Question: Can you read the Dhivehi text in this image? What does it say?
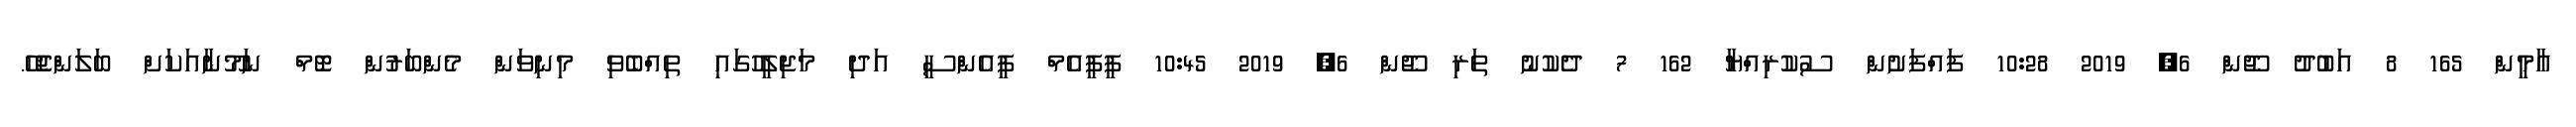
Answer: އާމީން 165 8 އަބުދު ޖޫން 6, 2019 10:28 ފައްފަށުން ސުކުރިއްޔާ 162 7 ދެކުނު ތަރި ޖޫން 6, 2019 10:45 ޕީޕީއެމް ޕީއެންސީ އަދި މަޖިލީހުގައި ތިއްބެވި މިނިވަން މެންބަރުން ޓޮމް ނަމޫނާއަކަށް ބަލަންޖެހޭ.